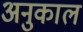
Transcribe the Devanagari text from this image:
अनुकाल